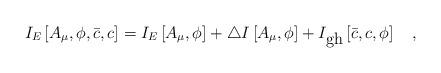
LaTeX: \begin{align*}I_E\left[A_{\mu},\phi,\bar{c},c\right]=I_E\left[A_{\mu},\phi\right]+ \triangle I\left[A_{\mu},\phi\right] +I_{\mbox{gh}}\left[\bar{c},c,\phi\right]~~~,\end{align*}